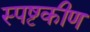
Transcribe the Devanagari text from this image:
स्पष्टकीण